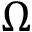
\Omega